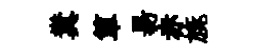
糞箪昜赤旐